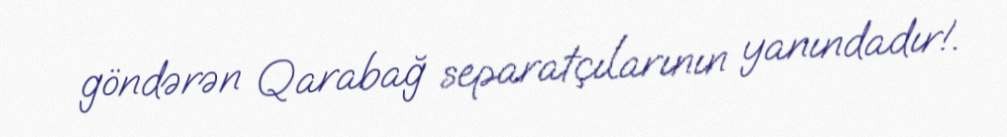
göndərən Qarabağ separatçılarının yanındadır!.